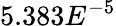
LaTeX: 5.383E^{-5}